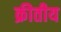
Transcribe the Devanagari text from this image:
क्रीतीय